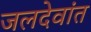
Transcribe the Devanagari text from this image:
जलदेवांत